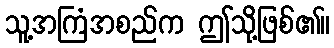
သူ့အကြံအစည်က ဤသို့ဖြစ်၏။